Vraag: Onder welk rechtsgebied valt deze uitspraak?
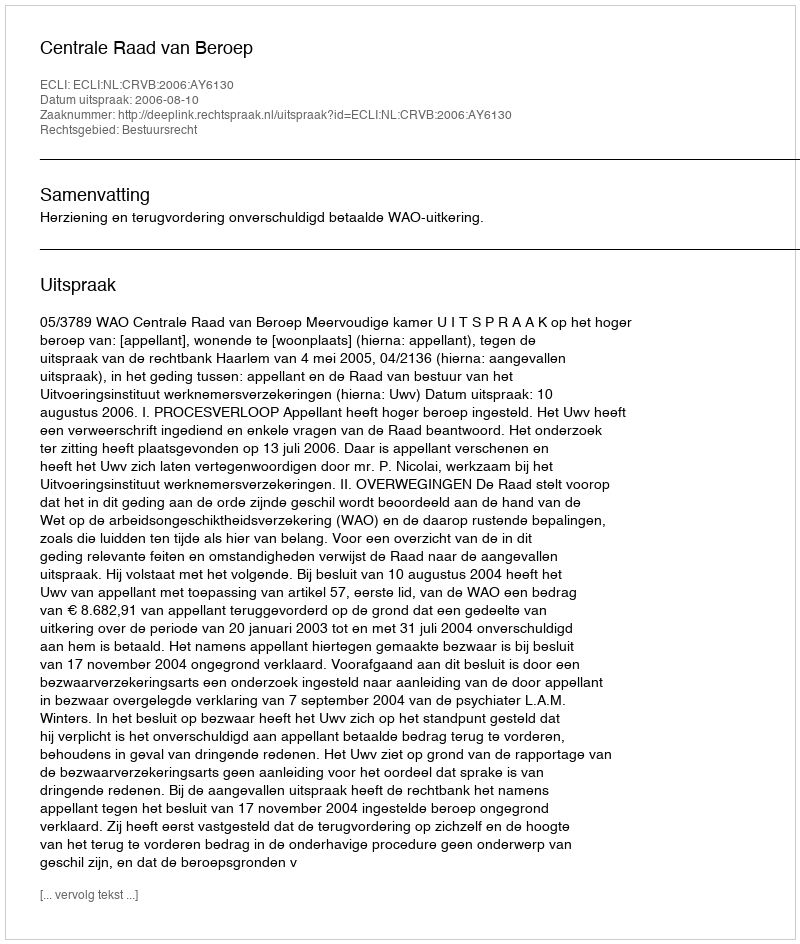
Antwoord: Bestuursrecht